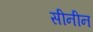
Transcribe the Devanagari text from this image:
सीनीन